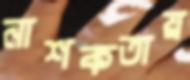
নাশকতায়